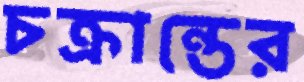
চক্রান্তের